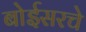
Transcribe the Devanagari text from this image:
बोईसरचे